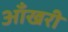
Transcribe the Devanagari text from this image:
आँखरी